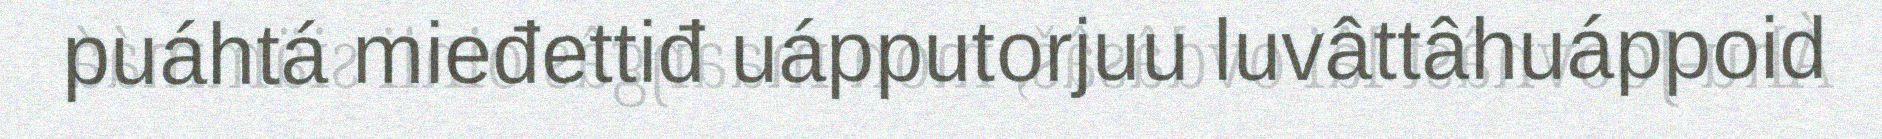
puáhtá mieđettiđ uápputorjuu luvâttâhuáppoid